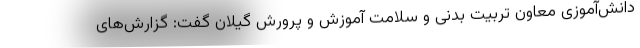
دانش‌آموزی معاون تربیت بدنی و سلامت آموزش و پرورش گیلان گفت: گزارش‌های